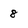
Character: 8